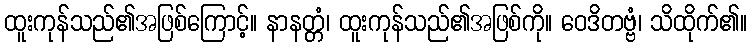
ထူးကုန်သည်၏အဖြစ်ကြောင့်။ နာနတ္တံ၊ ထူးကုန်သည်၏အဖြစ်ကို။ ဝေဒိတဗ္ဗံ၊ သိထိုက်၏။